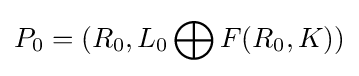
P_{0}=(R_{0},L_{0}\bigoplus F(R_{0},K))